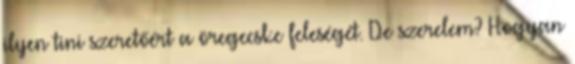
ilyen tini szeretőért a öregecske feleségét. De szerelem? Hogyan